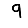
Digit: 9